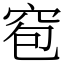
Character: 窇